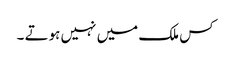
کس ملک میں نہیں ہوتے ۔